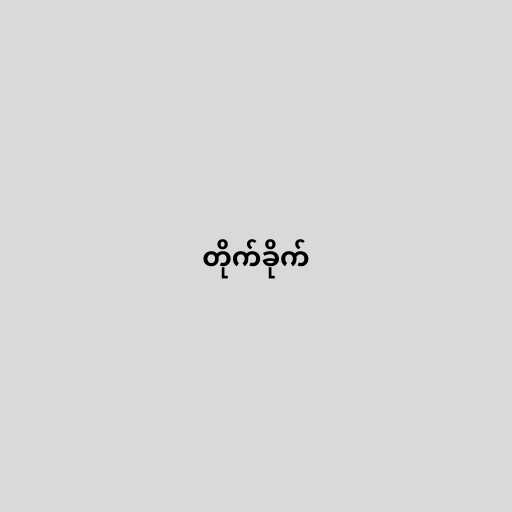
တိုက်ခိုက်